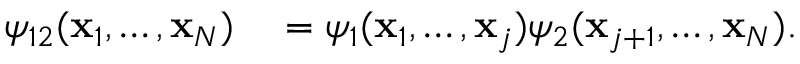
\begin{array} { r l } { \psi _ { 1 2 } ( \mathbf { x } _ { 1 } , \ldots , \mathbf { x } _ { N } ) } & { { } = \psi _ { 1 } ( \mathbf { x } _ { 1 } , \ldots , \mathbf { x } _ { j } ) \psi _ { 2 } ( \mathbf { x } _ { j + 1 } , \ldots , \mathbf { x } _ { N } ) . } \end{array}